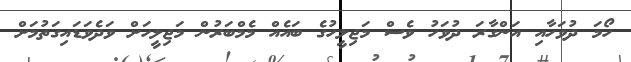
ހޯމަ ދުވަހާއި އަންގާރަ ދުވަހު ވެސް މަޖިލީހުގެ ބައެއް މެމްބަރުން މަޖިލީހަށް ވަދެވަޑައިގަތުމަށް